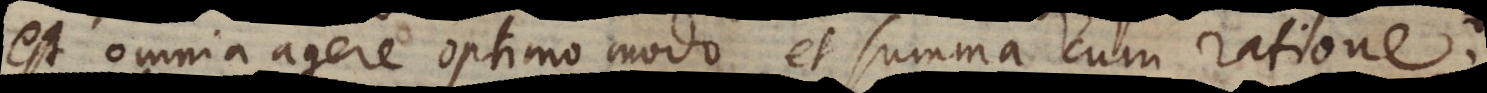
est omnia agere optimo modo, et summa cum ratione.